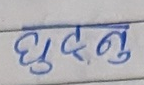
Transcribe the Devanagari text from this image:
घुटनु